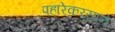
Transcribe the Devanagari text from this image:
पहारेकर्‍याने